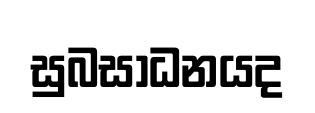
සුබසාධනයද